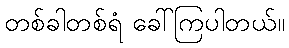
တစ်ခါတစ်ရံ ခေါ်ကြပါတယ်။